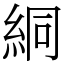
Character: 絧